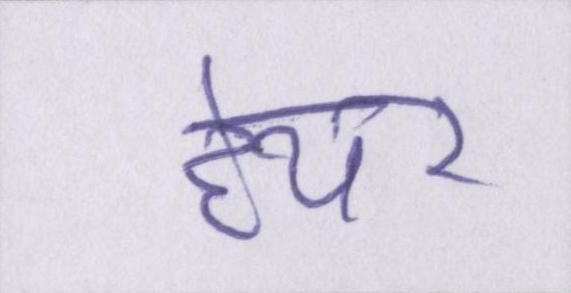
हेयर